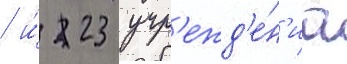
/ и́ 23 учр'ежд'е́н'иа